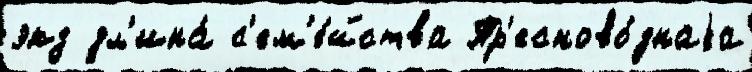
экз дл'ина́ с'ем'е́йства Пр'есново́днаjа